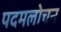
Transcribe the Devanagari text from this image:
पदमलोचन